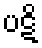
ပဋိ